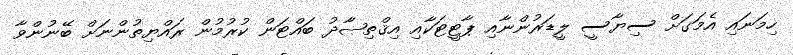
ހިމަނައި އެމަގަށް ސިޔާސީ ލީޑަރުންނާއި ޕާޓީޓަކާއި އިޤްތިޞާދު ބައްޓަން ކުރުމުން ރައްޔިތުންނަށް ބޭނުންވާ